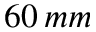
6 0 \, m m